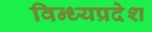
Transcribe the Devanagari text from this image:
विन्ध्यप्रदेश